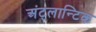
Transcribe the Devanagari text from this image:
अंट्लान्टिक